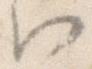
へ